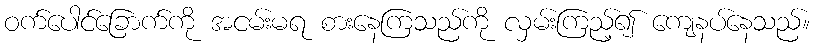
ဝက်ပေါင်ခြောက်ကို အငမ်းမရ စားနေကြသည်ကို လှမ်းကြည့်၍ ကျေနပ်နေသည်။